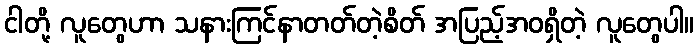
ငါတို့ လူတွေဟာ သနားကြင်နာတတ်တဲ့စိတ် အပြည့်အဝရှိတဲ့ လူတွေပါ။